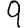
Digit: 9